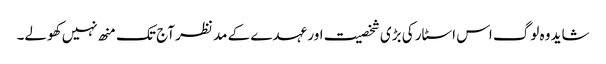
شاید وہ لوگ اس اسٹار کی بڑی شخصیت اور عہدے کے مد نظر آج تک منھ نہیں کھولے۔